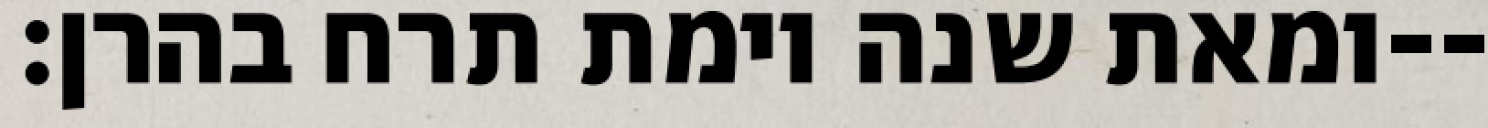
ומאת שנה וימת תרח בהרן׃--